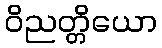
ဝိညတ္တိယော